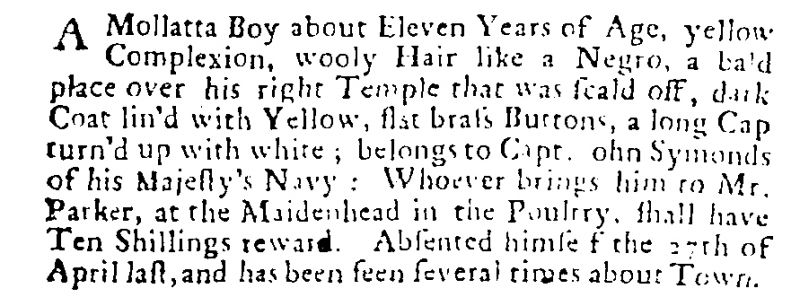
Post Boy (1695), 7 June 1701 (England)
A Mollatta Boy about Eleven Years of Age, yellow Complexion, wooly Hair like a Negro, a bald place over his right Temple that was scald off, dark Coat lin’d with Yellow, flat brass Buttons, a long Cap turn’d up with white; belongs to Capt. John Symonds of his Majesty’s Navy: Whoever brings him to Mr. Parker, at the Maidenhead in the Poultry, shall have Ten Shillings reward. Absented himself the 27th of April last, and has been seen several times about Town.